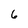
Character: 6